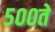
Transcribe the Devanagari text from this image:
५००ते